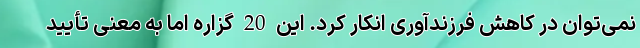
نمی‌توان در کاهش فرزند‌آوری انکار کرد. این 20 گزاره اما به معنی تأیید